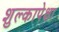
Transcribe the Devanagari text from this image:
शुल्कापेक्षा